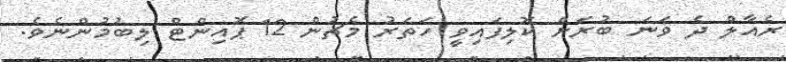
ރެއާލް ދެ ވަނަ ބުރަށް ކޮލިފައިވީ ހަތަރު މެޗުން 12 ޕޮއިންޓް ލިބުމުންނެވެ.